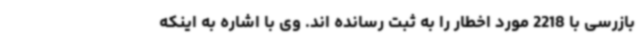
بازرسی با 2218 مورد اخطار را به ثبت رسانده اند. وی با اشاره به اینکه